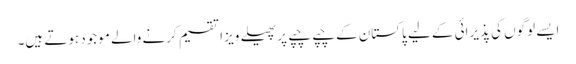
ایسے لوگوں کی پذیرائی کے لیے پاکستان کے چپے چپے پر پھیلے ویز ا تقسیم کرنے والے موجود ہوتے ہیں۔